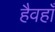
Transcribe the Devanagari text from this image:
हैवहाँ